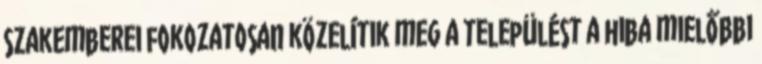
szakemberei fokozatosan közelítik meg a települést a hiba mielőbbi